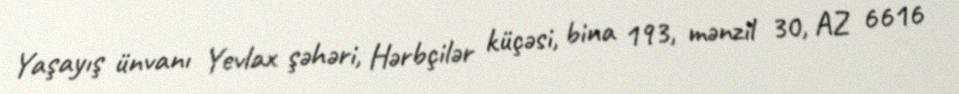
Yaşayış ünvanı Yevlax şəhəri, Hərbçilər küçəsi, bina 193, mənzil 30, AZ 6616